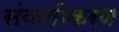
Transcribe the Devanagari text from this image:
संकलीकरण